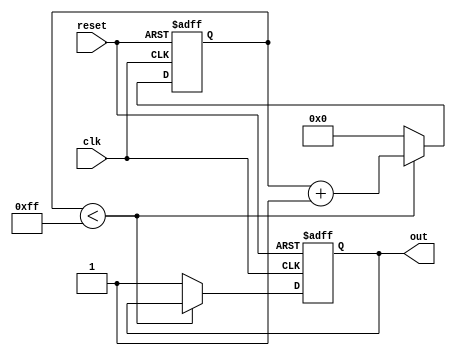
module while_loop_example (
    input wire clk,
    input wire reset,
    output reg out
);

reg [7:0] count;

always @ (posedge clk or posedge reset) begin
    if (reset) begin
        count <= 8'b0;
        out <= 1'b0;
    end else begin
        if (count < 8'b11111111) begin
            count <= count + 1;
        end else begin
            count <= 8'b0;
            out <= 1'b1;
        end
    end
end

endmodule